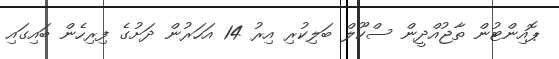
ޕޮއިންޓުން ތާޖުއްދީން ސްކޫލް ބަލިކުރި އިރު 14 އަހަރުން ދަށުގެ ފިރިހެން ބައިގައި